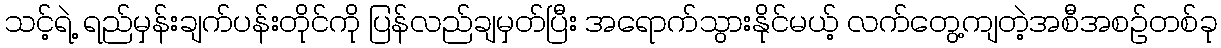
သင့်ရဲ့ ရည်မှန်းချက်ပန်းတိုင်ကို ပြန်လည်ချမှတ်ပြီး အရောက်သွားနိုင်မယ့် လက်တွေ့ကျတဲ့အစီအစဉ်တစ်ခု